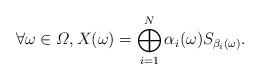
LaTeX: \begin{align*}\forall\omega\in\varOmega,X(\omega)=\bigoplus_{i=1}^{N}\alpha_i(\omega)S_{\beta_i(\omega)}.\end{align*}